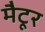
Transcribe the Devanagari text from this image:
मैटूर